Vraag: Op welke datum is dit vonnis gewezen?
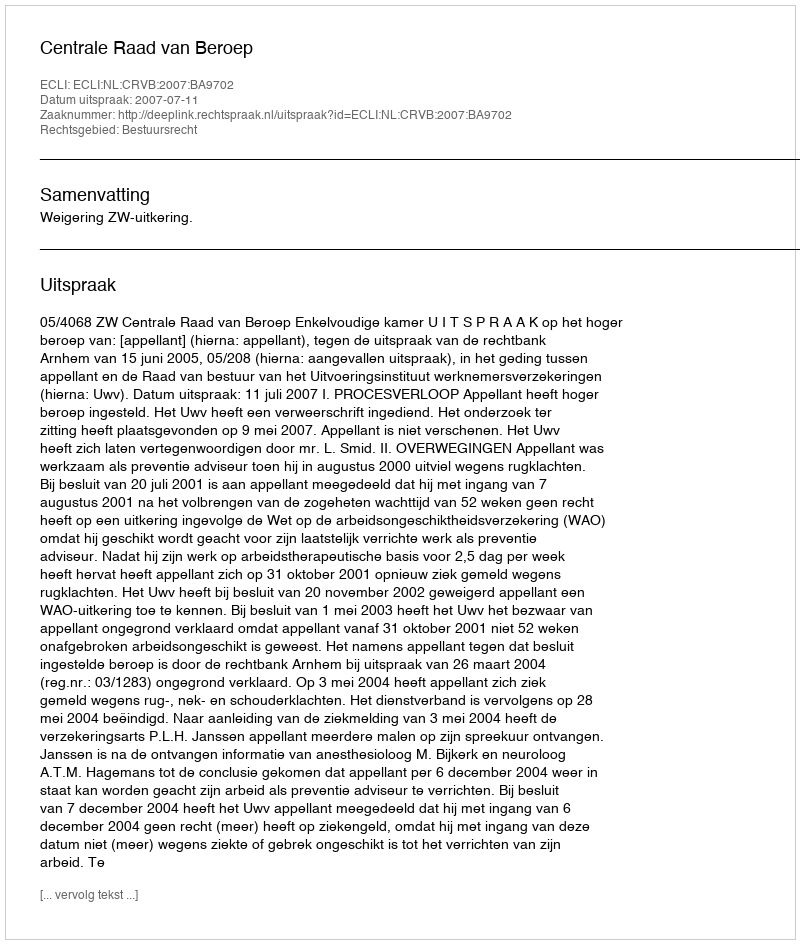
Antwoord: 2007-07-11